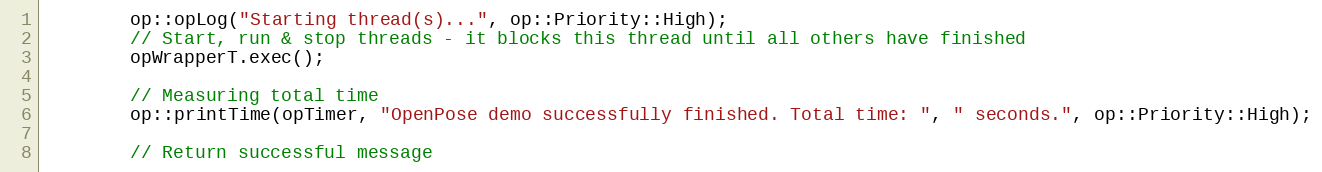
Language: C++
        op::opLog("Starting thread(s)...", op::Priority::High);
        // Start, run & stop threads - it blocks this thread until all others have finished
        opWrapperT.exec();

        // Measuring total time
        op::printTime(opTimer, "OpenPose demo successfully finished. Total time: ", " seconds.", op::Priority::High);

        // Return successful message